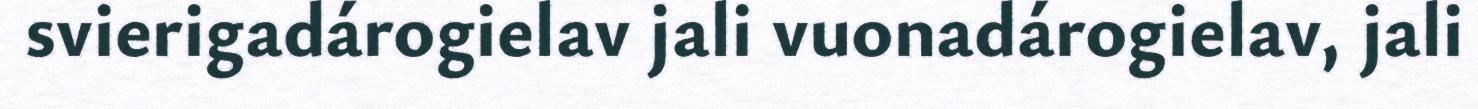
svierigadárogielav jali vuonadárogielav, jali